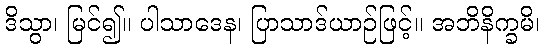
ဒိသွာ၊ မြင်၍။ ပါသာဒေန၊ ပြာသာဒ်ယာဉ်ဖြင့်။ အဘိနိက္ခမိ၊